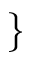
\}